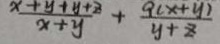
\frac { x + y + y + z } { x + y } + \frac { 9 ( x + y ) } { y + z }